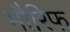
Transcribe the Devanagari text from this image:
मौरिफ